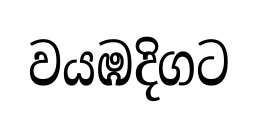
වයඹදිගට